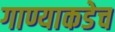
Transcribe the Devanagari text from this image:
गाण्याकडेच